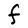
Character: F